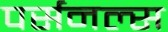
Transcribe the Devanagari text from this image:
पर्सनल्स